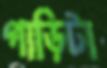
গাড়িটা